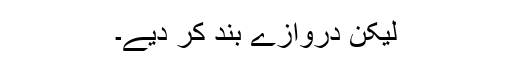
لیکن دروازے بند کر دیے۔